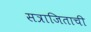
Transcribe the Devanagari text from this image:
सत्राजिताची